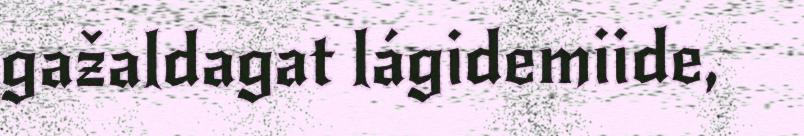
gažaldagat lágidemiide,